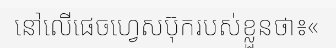
នៅលើផេចហ្វេសប៊ុករបស់ខ្លួនថា៖«